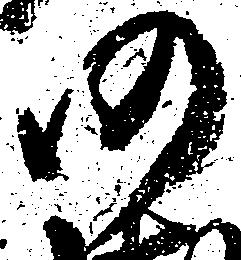
仍